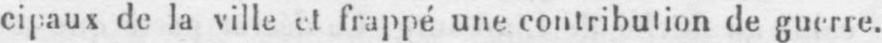
cipaux de la ville et frappé une contribution de guerre.